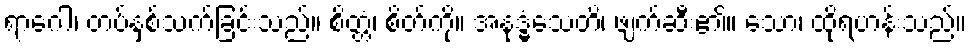
ရာဂေါ၊ တပ်နှစ်သက်ခြင်းသည်။ စိတ္တံ၊ စိတ်ကို။ အနုဒ္ဓံသေတိ၊ ဖျက်ဆီး၏။ သော၊ ထိုရဟန်းသည်။